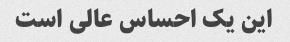
این یک احساس عالی است